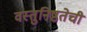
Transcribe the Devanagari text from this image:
वस्तुनिष्ठतेची